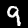
Label: 9